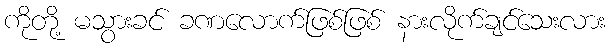
ကိုတို့ မသွားခင် ခဏလောက်ဖြစ်ဖြစ် နားလိုက်ချင်သေးလား